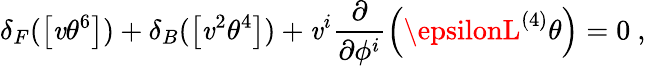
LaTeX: \delta_{F}(\left[\mathit{v}\theta^{6}\right])+\delta_{B}(\left[\mathit{v}^{2}\theta^{4}\right])+\mathit{v}^{i}\frac{{\partial}}{{\partial\phi^{i}}}\left(\epsilonL^{(4)}\theta\right)=0~,